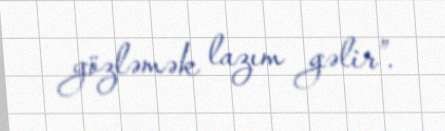
gözləmək lazım gəlir”.